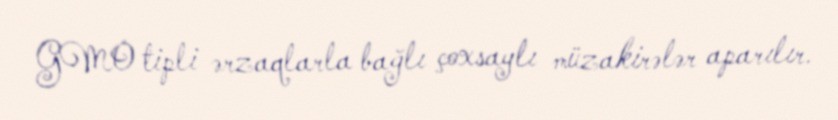
GMO tipli ərzaqlarla bağlı çoxsaylı müzakirələr aparılır.